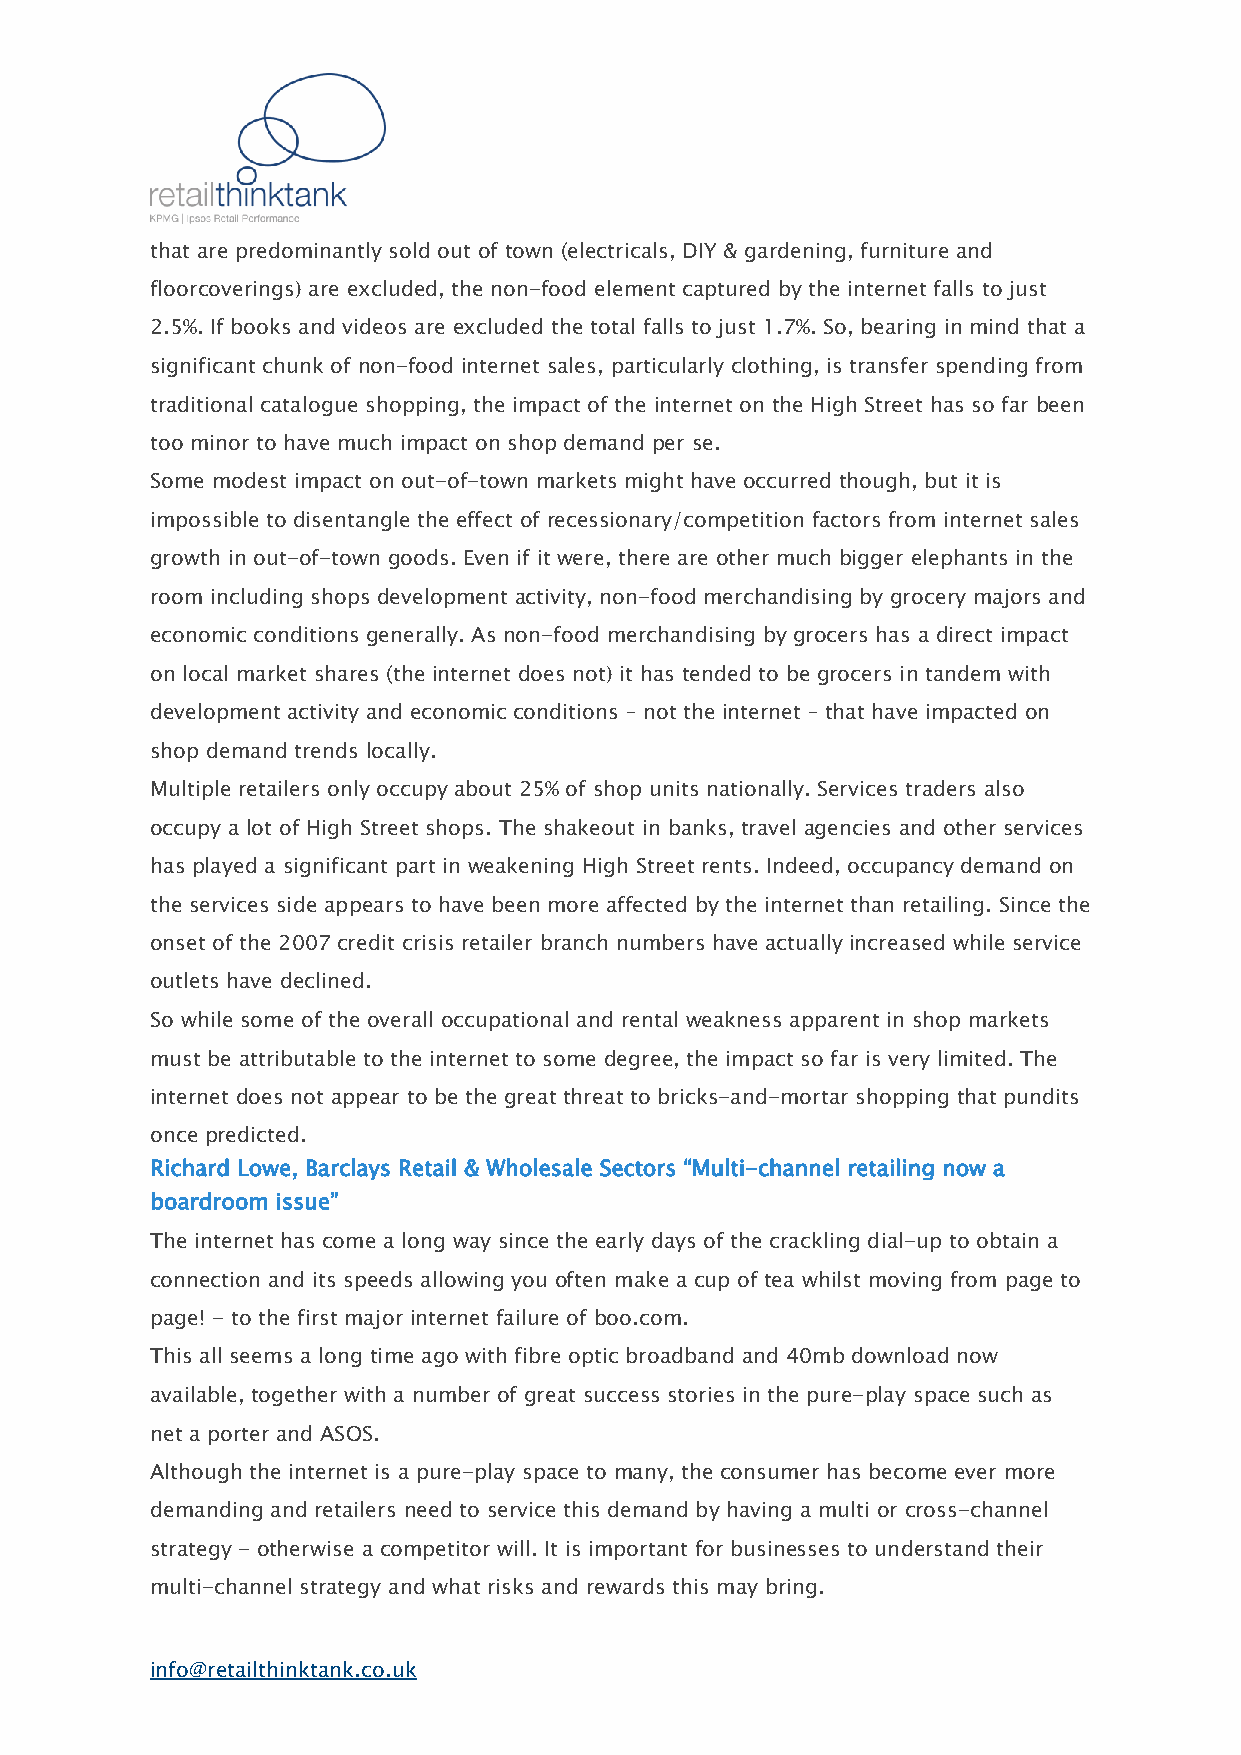
that are predominantly sold out of town (electricals, DIY & gardening, furniture and
 floorcoverings) are excluded, the non-food element captured by the internet falls to just
 2.5%. If books and videos are excluded the total falls to just 1.7%. So, bearing in mind that a
 significant chunk of non-food internet sales, particularly clothing, is transfer spending from
 traditional catalogue shopping, the impact of the internet on the High Street has so far been
 too minor to have much impact on shop demand per se.
 Some modest impact on out-of-town markets might have occurred though, but it is
 impossible to disentangle the effect of recessionary/competition factors from internet sales
 growth in out-of-town goods. Even if it were, there are other much bigger elephants in the
 room including shops development activity, non-food merchandising by grocery majors and
 economic conditions generally. As non-food merchandising by grocers has a direct impact
 on local market shares (the internet does not) it has tended to be grocers in tandem with
 development activity and economic conditions – not the internet – that have impacted on
 shop demand trends locally.
 Multiple retailers only occupy about 25% of shop units nationally. Services traders also
 occupy a lot of High Street shops. The shakeout in banks, travel agencies and other services
 has played a significant part in weakening High Street rents. Indeed, occupancy demand on
 the services side appears to have been more affected by the internet than retailing. Since the
 onset of the 2007 credit crisis retailer branch numbers have actually increased while service
 outlets have declined.
 So while some of the overall occupational and rental weakness apparent in shop markets
 must be attributable to the internet to some degree, the impact so far is very limited. The
 internet does not appear to be the great threat to bricks-and-mortar shopping that pundits
 once predicted.
 Richard Lowe, Barclays Retail & Wholesale Sectors “Multi-channel retailing now a
 boardroom issue”
 The internet has come a long way since the early days of the crackling dial-up to obtain a
 connection and its speeds allowing you often make a cup of tea whilst moving from page to
 page! - to the first major internet failure of boo.com.
 This all seems a long time ago with fibre optic broadband and 40mb download now
 available, together with a number of great success stories in the pure-play space such as
 net a porter and ASOS.
 Although the internet is a pure-play space to many, the consumer has become ever more
 demanding and retailers need to service this demand by having a multi or cross-channel
 strategy - otherwise a competitor will. It is important for businesses to understand their
 multi-channel strategy and what risks and rewards this may bring.
 info@retailthinktank.co.uk